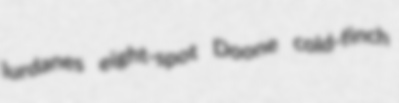
lurdanes eight-spot Doone cold-finch